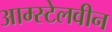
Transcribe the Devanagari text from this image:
आम्स्टेलवीन